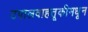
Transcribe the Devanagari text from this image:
टपालवाहतूकीमधून